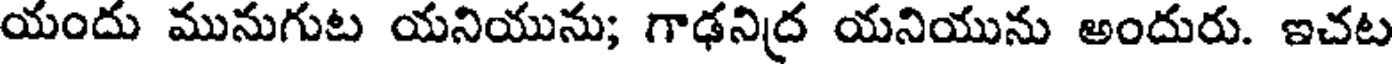
యందు మునుగుట యనియును; గాఢనిద్ర యనియును అందురు. ఇచట